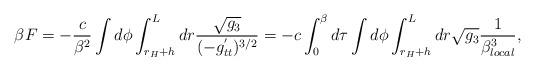
LaTeX: \begin{align*}\beta F = - \frac{c}{\beta^2 } \int d \phi \int_{r_H + h}^L dr \frac{\sqrt{g_3}}{ ( - g^{'}_{tt } )^{3/2} } = - c \int_0^\beta d \tau \int d \phi \int_{r_H + h}^L dr \sqrt{g_3} \frac{1}{ \beta_{local}^3}, \end{align*}